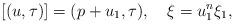
LaTeX: \begin{align*}[(u,\tau)]=(p+u_1,\tau),\,\,\,\,\,\,\xi=u_1^n \xi_1,\end{align*}